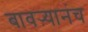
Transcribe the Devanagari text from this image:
बावऱ्यानंच